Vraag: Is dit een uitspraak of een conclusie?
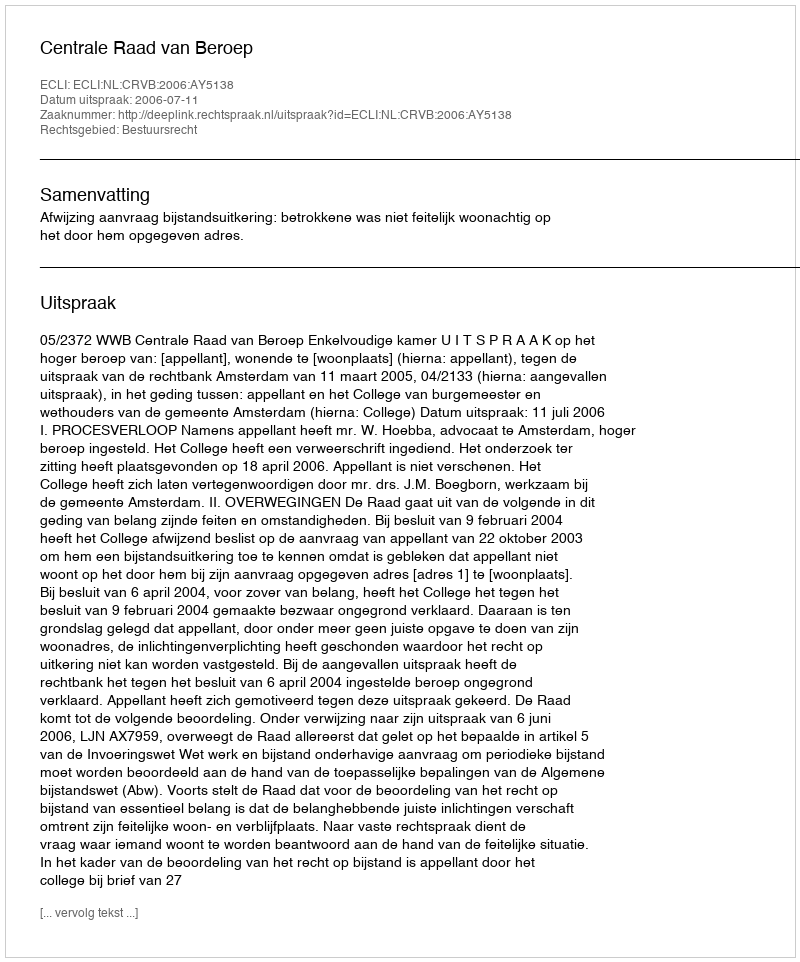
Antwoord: Uitspraak